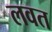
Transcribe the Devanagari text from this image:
लवत